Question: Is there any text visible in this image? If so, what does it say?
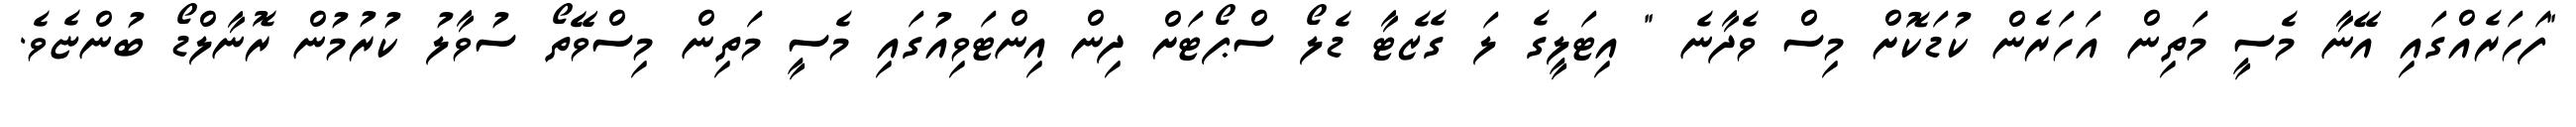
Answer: "ފަހަރެއްގައި އޭނާ މެސީ މަތިން އަހަރެން ކުޑަކޮށް މިސް ވެދާނެ " އިޓަލީގެ ލަ ގެޒެޓާ ޑެލޯ ސްޕޯޓަށް ދިން އިންޓަވިއުގައި މެސީ މަތިން މިސްވޭތޯ ސުވާލު ކުރުމުން ރޮނާލްޑޯ ބުންޏެވެ.